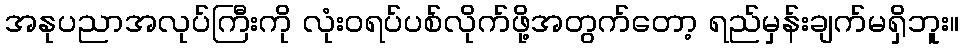
အနုပညာအလုပ်ကြီးကို လုံးဝရပ်ပစ်လိုက်ဖို့အတွက်တော့ ရည်မှန်းချက်မရှိဘူး။